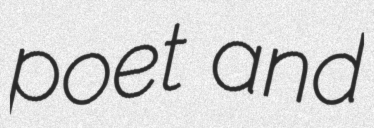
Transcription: poet and